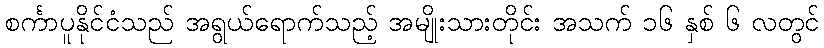
စင်္ကာပူနိုင်ငံသည် အရွယ်ရောက်သည့် အမျိုးသားတိုင်း အသက် ၁၆ နှစ် ၆ လတွင်